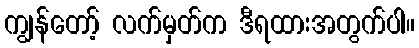
ကျွန်တော့် လက်မှတ်က ဒီရထားအတွက်ပါ။